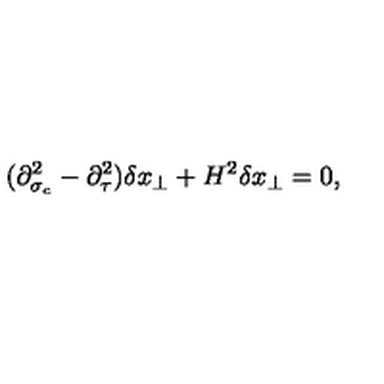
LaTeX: ( \partial _ { \sigma _ { c } } ^ { 2 } - \partial _ { \tau } ^ { 2 } ) \delta x _ { \perp } + H ^ { 2 } \delta x _ { \perp } = 0 ,